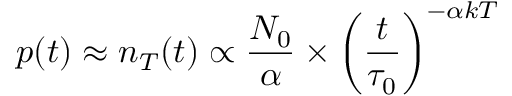
p ( t ) \approx n _ { T } ( t ) \propto \frac { N _ { 0 } } { \alpha } \times { \left( \frac { t } { \tau _ { 0 } } \right) } ^ { - \alpha k T }